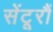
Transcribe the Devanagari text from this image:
सेंटूरौं